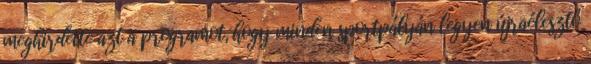
meghirdette azt a programot, hogy minden sportpályán legyen újraélesztő